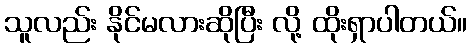
သူလည်း နိုင်မလားဆိုပြီး လို့ ထိုးရှာပါတယ်။